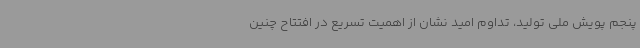
پنجم پویش ملی تولید، تداوم امید نشان از اهمیت تسریع در افتتاح چنین